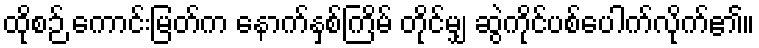
ထိုစဉ် ကောင်းမြတ်က နောက်နှစ်ကြိမ် တိုင်မျှ ဆွဲကိုင်ပစ်ပေါက်လိုက်၏။